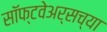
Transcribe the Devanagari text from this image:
सॉफ्टवेअर्सच्या